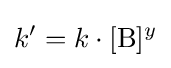
k'=k\cdot [{\rm {B}}]^{y}